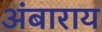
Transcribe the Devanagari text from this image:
अंबाराय